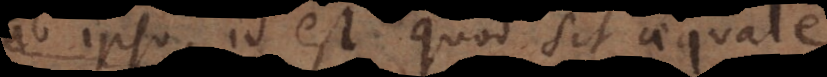
ab ipso, id est quod sit aequale.